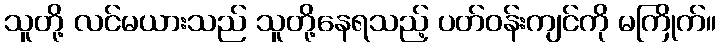
သူတို့ လင်မယားသည် သူတို့နေရသည့် ပတ်ဝန်းကျင်ကို မကြိုက်။